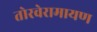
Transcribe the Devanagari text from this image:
तोरवेरामायण